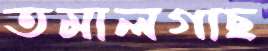
তমালগাছ